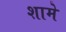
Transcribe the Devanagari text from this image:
शामे